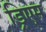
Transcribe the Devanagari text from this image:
ड्रिएम